Annual report on the Civil Veterinary Department, Burma (including the Insein Veterinary School) - 1910-1922
Year: 1910
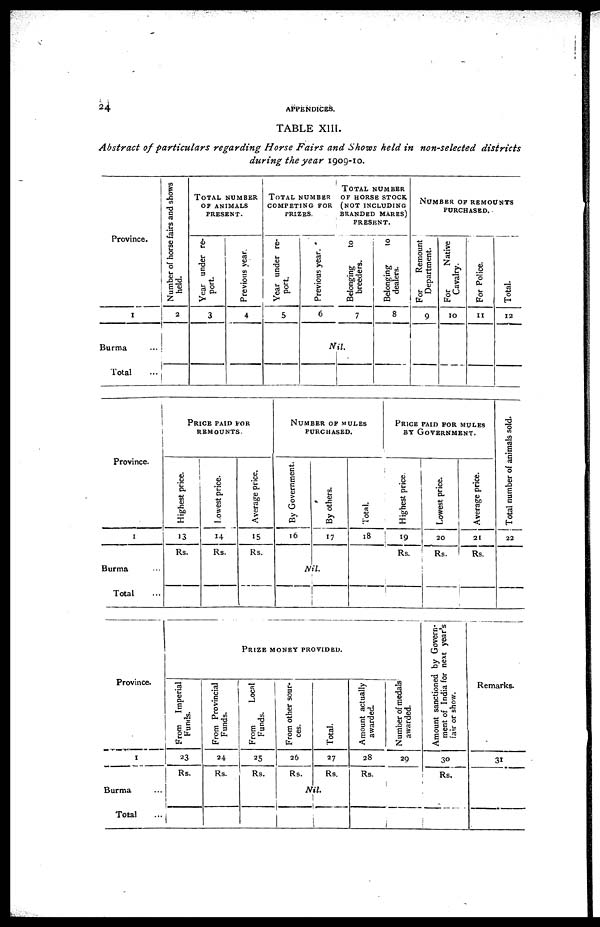
24
APPENDICES.
TABLE XIII.
Abstract of particulars
regarding Horse Fairs and Shows held in non-selected
districts
during the year 1909-10.
Province.
1
Burma ...
Total ...
Number of horse fairs and shows
held.
2
TOTAL
NUMBER
OF ANIMALS
PRESENT.
Year under re-
port.
3
Previous year.
4
TOTAL NUMBER
COMPETING FOR
PRIZES.
Year under re-
port.
5
Previous year. *
6
TOTAL
NUMBER
OF HORSE STOCK
(NOT
INCLUDING
BRANDED
MARES)
PRESENT.
Belonging
to
breeders.
7
Nil.
Belonging
to
dealers.
8
NUMBER
OF
REMOUNTS
PURCHASED.
For
Remount
Department.
9
For
Native
Cavalry.
10
For Police.
11
Total.
12
Province.
1
Burma ...
Total ...
PRICE PAID FOR
REMOUNTS.
Highest price.
13
Rs.
Lowest price.
14
Rs.
Average price.
15
Rs.
NUMBER
OF
MULES
PURCHASED.
By Government.
16
By others.
17
Nil.
Total.
18
PRICE PAID FOR MULES
BY GOVERNMENT.
Highest price.
19
Rs.
Lowest price.
20
Rs.
Average price.
21
Rs.
'
Total number of animals sold.
22
Province.
1
Burma ...
Total ...
PRIZE
MONEY
PROVIDED.
From Imperial
Funds.
23
Rs.
From Provincial
Funds.
24
Rs.
From
Local
Funds.
25
Rs.
From other sour-
ces.
26
Rs.
Total.
27
Rs.
Nil.
Amount actually
awarded.
28
Rs.
Number of medals
awarded.
29
Amount sanctioned by Govern-
ment of India for next year's
fair or show.
30
Rs.
Remarks.
31